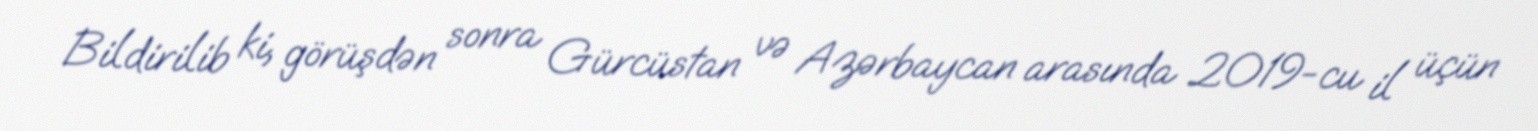
Bildirilib ki, görüşdən sonra Gürcüstan və Azərbaycan arasında 2019-cu il üçün